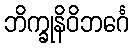
ဘိက္ခုနိဝိဘင်္ဂေ